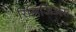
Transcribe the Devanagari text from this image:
रिलिजिअस